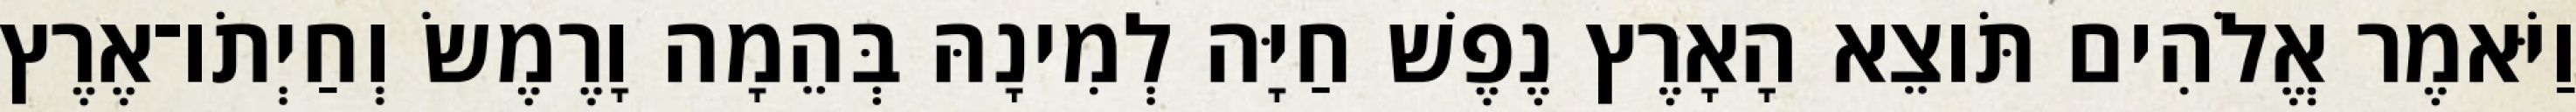
וַיֹּאמֶר אֱלֹהִים תֹּוצֵא הָאָרֶץ נֶפֶשׁ חַיָּה לְמִינָהּ בְּהֵמָה וָרֶמֶשׂ וְחַיְתֹו־אֶרֶץ